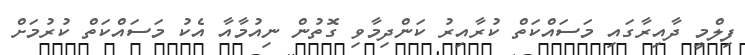
ފިލްމީ ދާއިރާގައި މަސައްކަތް ކުރާއިރު ކަންދިމާވި ގޮތުން ނިއުމާއާ އެކު މަސައްކަތް ކުރުމަށް